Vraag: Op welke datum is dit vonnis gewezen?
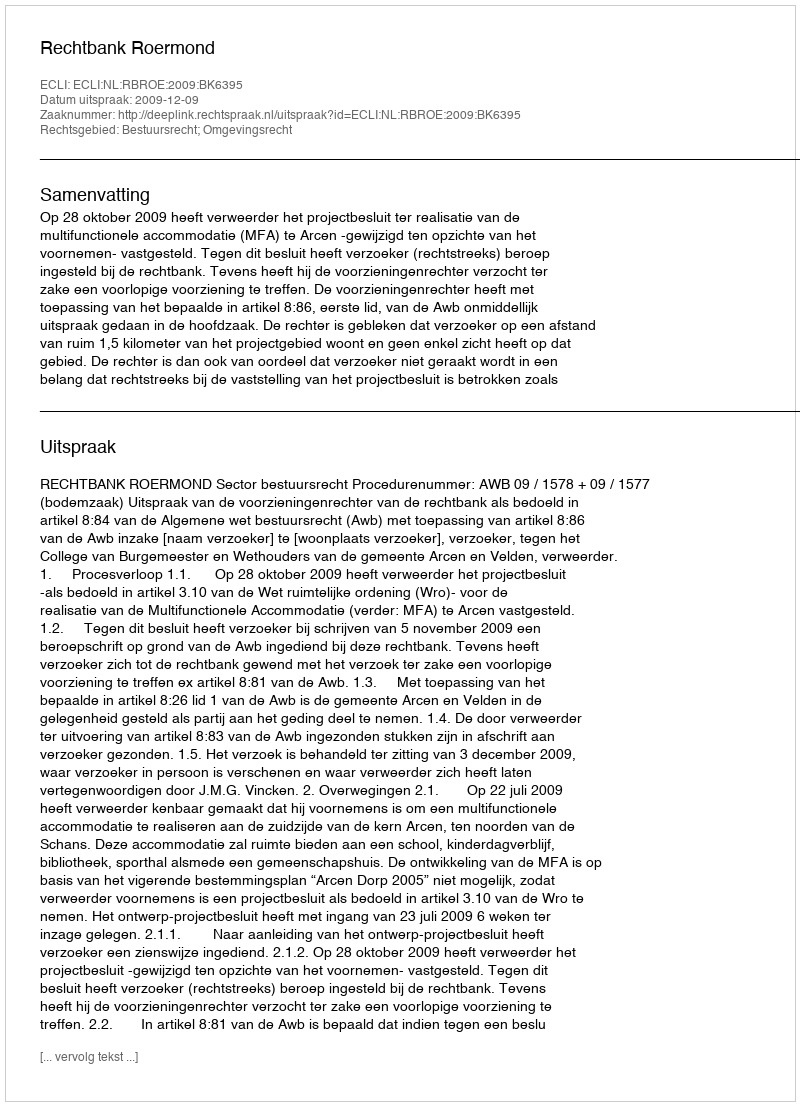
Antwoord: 2009-12-09